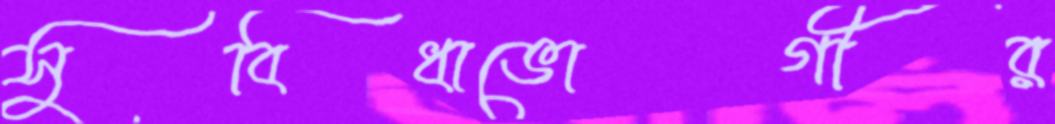
সুবিধাভোগীর